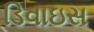
ડિવાઇસ